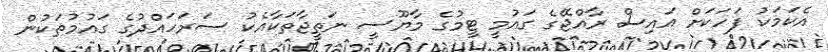
އެކަމަކު ފަހަކަށް އައިސް ރާއްޖޭގެ ގައުމީ ޓީމުގެ މާޔޫސީ ނަތީޖާތަކާއެކު ސަރަހައްދުގެ ގައުމުތަކުން